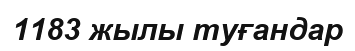
1183 жылы туғандар